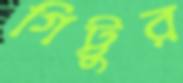
গিট্টুর